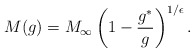
\begin{align*}M(g)=M_\infty\left(1-\frac{g^*}{g}\right)^{1/ \epsilon}.\end{align*}